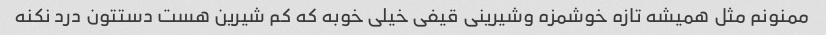
ممنونم مثل همیشه تازه خوشمزه وشیرینی قیفی خیلی خوبه که کم شیرین هست دستتون درد نکنه